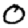
Digit: 0